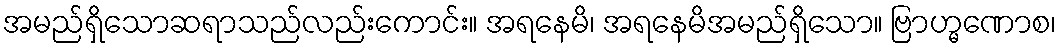
အမည်ရှိသောဆရာသည်လည်းကောင်း။ အရနေမိ၊ အရနေမိအမည်ရှိသော။ ဗြာဟ္မဏောစ၊